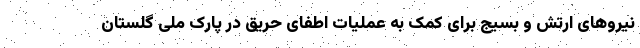
نیروهای ارتش و بسیج برای کمک به عملیات اطفای حریق در پارک ملی گلستان